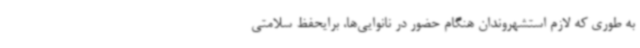
به طوری که لازم استشهروندان هنگام حضور در نانوایی‌ها، برایحفظ سلامتی